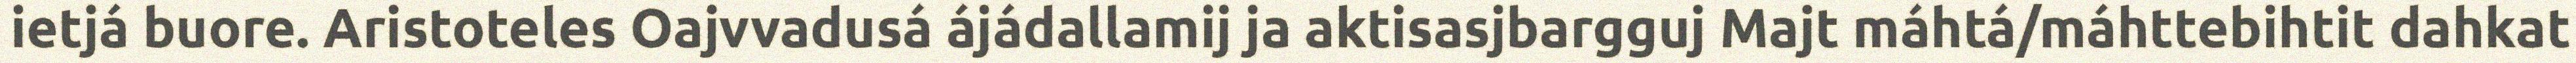
ietjá buore. Aristoteles Oajvvadusá ájádallamij ja aktisasjbargguj Majt máhtá/máhttebihtit dahkat